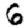
Digit: 6